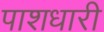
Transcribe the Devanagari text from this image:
पाशधारी